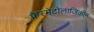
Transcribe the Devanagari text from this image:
फैस्मेटोलाजिकल